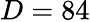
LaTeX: D=84